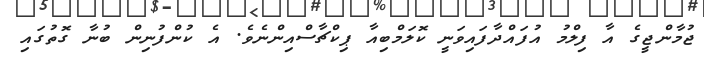
ޖުމާންޖީގެ އާ ފިލްމު އުފައްދާފައިވަނީ ކޮލަމްބިއާ ޕިކްޗާސްއިންނެވެ. އެ ކުންފުނިން ބުނާ ގޮތުގައި